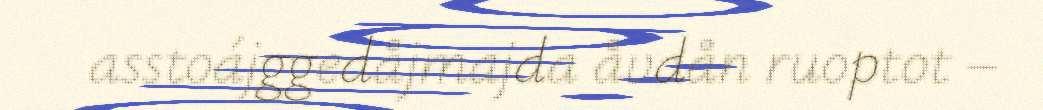
asstoájggedåjmajda åvdån ruoptot –